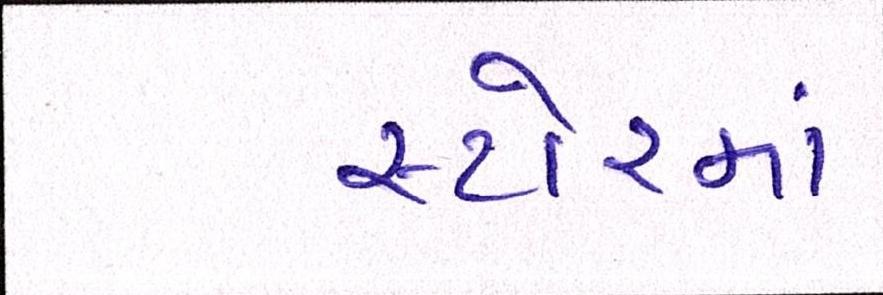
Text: સ્ટોરમાં